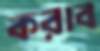
করাব